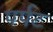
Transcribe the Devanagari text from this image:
पर्पट